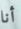
أنا